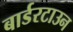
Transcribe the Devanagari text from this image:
बार्डरटाउन